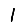
Digit: 1